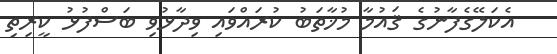
އެކަލޭގެފާނުގެ ޤައުމާ މުޚާތަބު ކުރައްވައި ވިދާޅުވި ބަސްފުޅު ކީރިތި